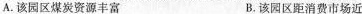
A. 该园区煤炭资源丰富 B. 该园区距消费市场近